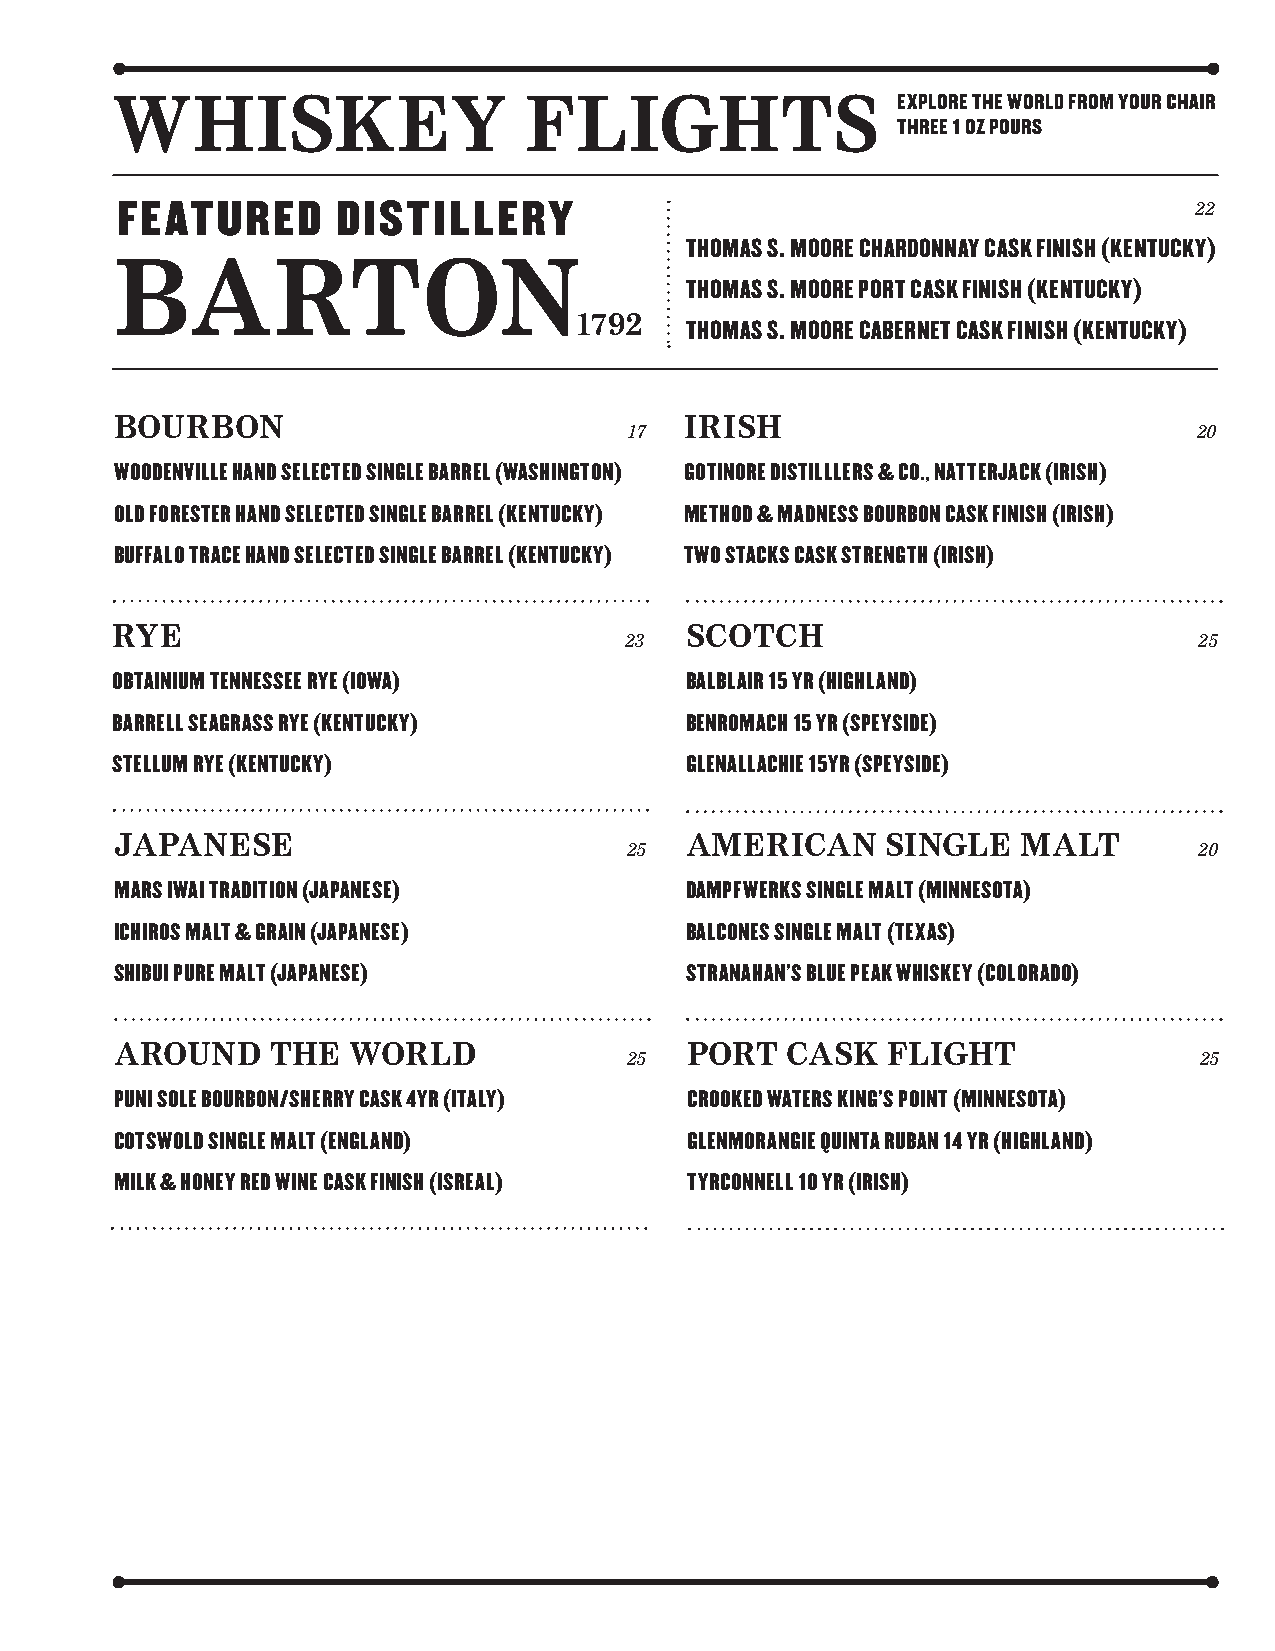
WHISKEY                     FLIGHTS                 EXPLORE THE WORLD FROM YOUR CHAIR
 THREE 1 OZ POURS
 22
 FEATURED      DISTILLERY
 THOMAS S. MOORE CHARDONNAY CASK FINISH (KENTUCKY)
 BARTON
 THOMAS S. MOORE PORT CASK FINISH (KENTUCKY)
 1792
 THOMAS S. MOORE CABERNET CASK FINISH (KENTUCKY)
 BOURBON                              IRISH
 17                                    20
 WOODENVILLE HAND SELECTED SINGLE BARREL (WASHINGTON) GOTINORE DISTILLLERS & CO., NATTERJACK (IRISH)
 OLD FORESTER HAND SELECTED SINGLE BARREL (KENTUCKY) METHOD & MADNESS BOURBON CASK FINISH (IRISH)
 BUFFALO TRACE HAND SELECTED SINGLE BARREL (KENTUCKY) TWO STACKS CASK STRENGTH (IRISH)
 RYE                                   SCOTCH
 23                                    25
 OBTAINIUM TENNESSEE RYE (IOWA)        BALBLAIR 15 YR (HIGHLAND)
 BARRELL SEAGRASS RYE (KENTUCKY)       BENROMACH 15 YR (SPEYSIDE)
 STELLUM RYE (KENTUCKY)                GLENALLACHIE 15YR (SPEYSIDE)
 JAPANESE                             AMERICAN      SINGLE   MALT
 25                                    20
 MARS IWAI TRADITION (JAPANESE)       DAMPFWERKS SINGLE MALT (MINNESOTA)
 ICHIROS MALT & GRAIN (JAPANESE)      BALCONES SINGLE MALT (TEXAS)
 SHIBUI PURE MALT (JAPANESE)          STRANAHAN’S BLUE PEAK WHISKEY (COLORADO)
 AROUND    THE  WORLD                  PORT  CASK   FLIGHT
 25                                    25
 PUNI SOLE BOURBON/SHERRY CASK 4YR (ITALY) CROOKED WATERS KING’S POINT (MINNESOTA)
 COTSWOLD SINGLE MALT (ENGLAND)        GLENMORANGIE QUINTA RUBAN 14 YR (HIGHLAND)
 MILK & HONEY RED WINE CASK FINISH (ISREAL) TYRCONNELL 10 YR (IRISH)